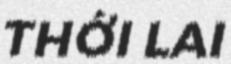
THỚI LAI